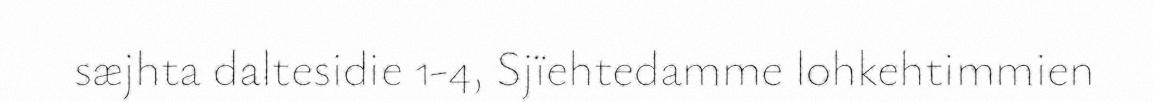
sæjhta daltesidie 1-4, Sjïehtedamme lohkehtimmien